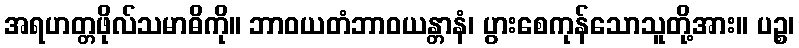
အရဟတ္တဖိုလ်သမာဓိကို။ ဘာဝယတံဘာဝယန္တာနံ၊ ပွားစေကုန်သောသူတို့အား။ ပဉ္စ၊